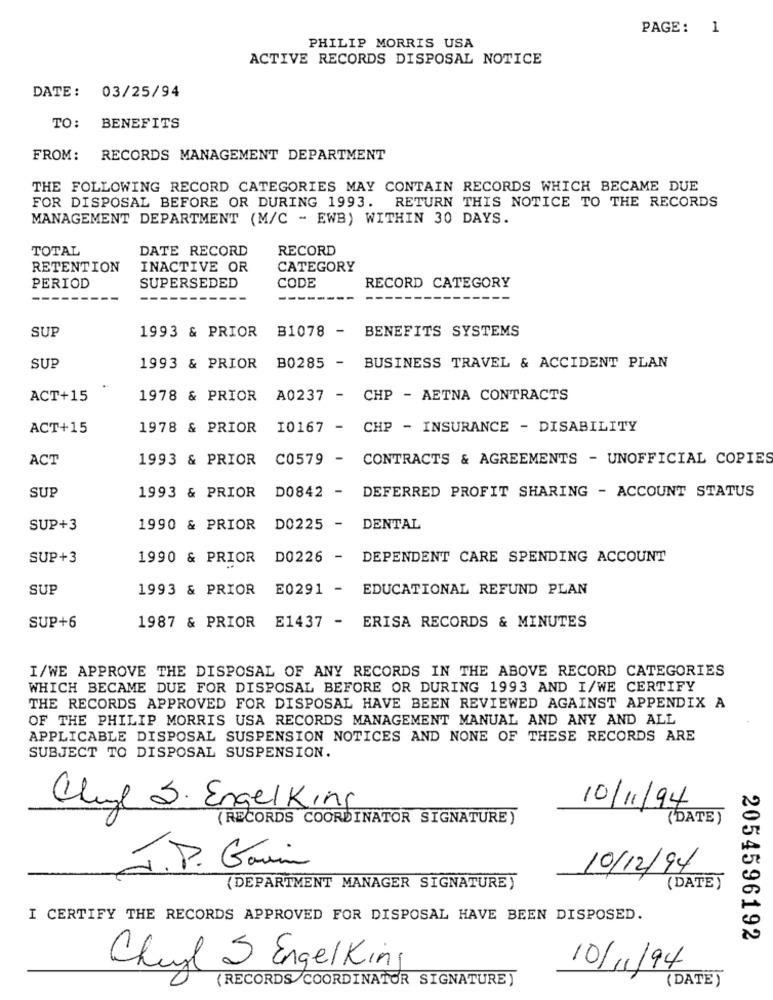
PAGE: 1
PHILIP MORRIS USA
ACTIVE RECORDS DISPOSAL NOTICE
DATE: 03/25/94
TO:
BENEFITS
FROM:
RECORDS MANAGEMENT DEPARTMENT
THE FOLLOWING RECORD CATEGORIES MAY CONTAIN RECORDS WHICH BECAME DUE
FOR DISPOSAL BEFORE OR DURING 1993. RETURN THIS NOTICE TO THE RECORDS
MANAGEMENT DEPARTMENT (M/C - EWB) WITHIN 30 DAYS.
TOTAL
DATE RECORD
RECORD
RETENTION
INACTIVE OR
CATEGORY
RECORD CATEGORY
PERIOD
SUPERSEDED
CODE
SUP
1993 & PRIOR B1078 - BENEFITS SYSTEMS
SUP
1993 & PRIOR B0285 - BUSINESS TRAVEL & ACCIDENT PLAN
ACT+15
1978 & PRIOR A0237 - CHP - AETNA CONTRACTS
ACT+15
1978 & PRIOR 10167 - CHP - INSURANCE - DISABILITY
ACT
1993 & PRIOR C0579 - CONTRACTS & AGREEMENTS - UNOFFICIAL COPIES
SUP
1993 & PRIOR DO842 - DEFERRED PROFIT SHARING - ACCOUNT STATUS
SUP+3
1990 & PRIOR DO225 - DENTAL
SUP+3
1990 & PRIOR DO226 - DEPENDENT CARE SPENDING ACCOUNT
SUP
1993 & PRIOR
E0291 - EDUCATIONAL REFUND PLAN
E1437 - ERISA RECORDS & MINUTES
SUP+6
1987 & PRIOR
I/WE APPROVE THE DISPOSAL OF ANY RECORDS IN THE ABOVE RECORD CATEGORIES
WHICH BECAME DUE FOR DISPOSAL BEFORE OR DURING 1993 AND I/WE CERTIFY
THE RECORDS APPROVED FOR DISPOSAL HAVE BEEN REVIEWED AGAINST APPENDIX A
OF THE PHILIP MORRIS USA RECORDS MANAGEMENT MANUAL AND ANY AND ALL
APPLICABLE DISPOSAL SUSPENSION NOTICES AND NONE OF THESE RECORDS ARE
SUBJECT TO DISPOSAL SUSPENSION.
10/11/94
Cluye S. Engelking
(RECORDS COORDINATOR SIGNATURE)
(DATE)
J.P. Gavin
10/12/94
(DEPARTMENT MANAGER SIGNATURE)
(DATE )
I CERTIFY THE RECORDS APPROVED FOR DISPOSAL HAVE BEEN DISPOSED.
2054596192
Cheyl & EngelKing
10/11/94
(RECORDS COORDINATOR SIGNATURE )
(DATE)